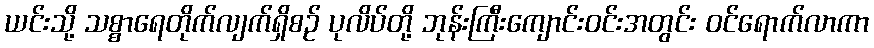
ယင်းသို့ သစ္စာရေတိုက်လျက်ရှိစဉ် ပုလိပ်တို့ ဘုန်းကြီးကျောင်းဝင်းအတွင်း ဝင်ရောက်လာကာ